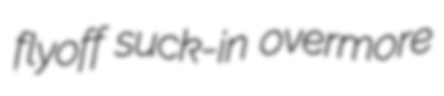
flyoff suck-in overmore